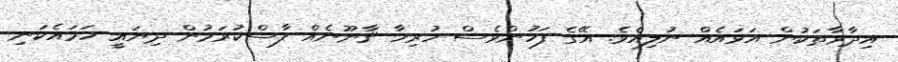
އިދާރާތަކުން އަޅައެއް ނުލިއެވެ. އޭގެ ފަހުންވެސް ހުރިހާ ޤާނޫނެއް ފާސްކުރަމުން ދިޔައީ ހަމައެކަނި